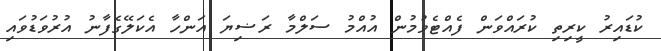
ކުޑައިރު ކީރިތި ކުރައްވަން ފެއްޓެވުމުން އުއްމު ސަލްމާ ރަޟިޔަ އަންހާ އެކަލޭގެފާނު އުރުވަޑުވައި